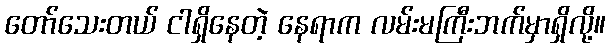
တော်သေးတယ် ငါရှိနေတဲ့ နေရာက လမ်းမကြီးဘက်မှာရှိလို့။